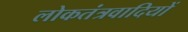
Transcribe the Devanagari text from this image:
लोकतंत्रवादियों